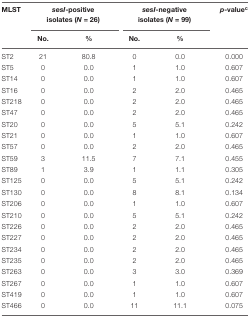
<table><thead><tr><td><b>MLST</b></td><td colspan="2"><b><i>sesI</i>-positive isolates (<i>N</i> = 26)</b></td><td colspan="2"><b><i>sesI</i>-negative isolates (<i>N</i> = 99)</b></td><td><b><i>p</i>-value<sup>c</sup></b></td></tr><tr><td></td><td><b>No.</b></td><td><b>%</b></td><td><b>No.</b></td><td><b>%</b></td><td></td></tr></thead><tbody><tr><td>ST2</td><td>21</td><td>80.8</td><td>0</td><td>0.0</td><td>0.000</td></tr><tr><td>ST5</td><td>0</td><td>0.0</td><td>1</td><td>1.0</td><td>0.607</td></tr><tr><td>ST14</td><td>0</td><td>0.0</td><td>1</td><td>1.0</td><td>0.607</td></tr><tr><td>ST16</td><td>0</td><td>0.0</td><td>2</td><td>2.0</td><td>0.465</td></tr><tr><td>ST218</td><td>0</td><td>0.0</td><td>2</td><td>2.0</td><td>0.465</td></tr><tr><td>ST47</td><td>0</td><td>0.0</td><td>2</td><td>2.0</td><td>0.465</td></tr><tr><td>ST20</td><td>0</td><td>0.0</td><td>5</td><td>5.1</td><td>0.242</td></tr><tr><td>ST21</td><td>0</td><td>0.0</td><td>1</td><td>1.0</td><td>0.607</td></tr><tr><td>ST57</td><td>0</td><td>0.0</td><td>2</td><td>2.0</td><td>0.465</td></tr><tr><td>ST59</td><td>3</td><td>11.5</td><td>7</td><td>7.1</td><td>0.455</td></tr><tr><td>ST89</td><td>1</td><td>3.9</td><td>1</td><td>1.1</td><td>0.305</td></tr><tr><td>ST125</td><td>0</td><td>0.0</td><td>5</td><td>5.1</td><td>0.242</td></tr><tr><td>ST130</td><td>0</td><td>0.0</td><td>8</td><td>8.1</td><td>0.134</td></tr><tr><td>ST206</td><td>0</td><td>0.0</td><td>1</td><td>1.0</td><td>0.607</td></tr><tr><td>ST210</td><td>0</td><td>0.0</td><td>5</td><td>5.1</td><td>0.242</td></tr><tr><td>ST226</td><td>0</td><td>0.0</td><td>2</td><td>2.0</td><td>0.465</td></tr><tr><td>ST227</td><td>0</td><td>0.0</td><td>2</td><td>2.0</td><td>0.465</td></tr><tr><td>ST234</td><td>0</td><td>0.0</td><td>2</td><td>2.0</td><td>0.465</td></tr><tr><td>ST235</td><td>0</td><td>0.0</td><td>2</td><td>2.0</td><td>0.465</td></tr><tr><td>ST263</td><td>0</td><td>0.0</td><td>3</td><td>3.0</td><td>0.369</td></tr><tr><td>ST267</td><td>0</td><td>0.0</td><td>1</td><td>1.0</td><td>0.607</td></tr><tr><td>ST419</td><td>0</td><td>0.0</td><td>1</td><td>1.0</td><td>0.607</td></tr><tr><td>ST466</td><td>0</td><td>0.0</td><td>11</td><td>11.1</td><td>0.075</td></tr></tbody></table>